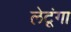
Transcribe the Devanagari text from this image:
लेटूंगा